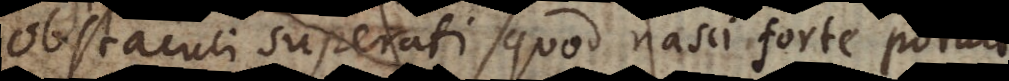
obstaculi superati quod nasci forte potu